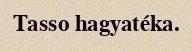
Tasso hagyatéka.